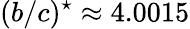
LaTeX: (b/c)^{\star}\approx 4.0015